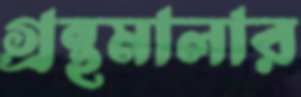
গ্রন্থমালার